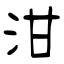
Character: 泔